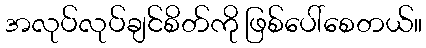
အလုပ်လုပ်ချင်စိတ်ကို ဖြစ်ပေါ်စေတယ်။